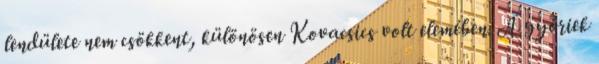
lendülete nem csökkent, különösen Kovacsics volt elemében. A győriek